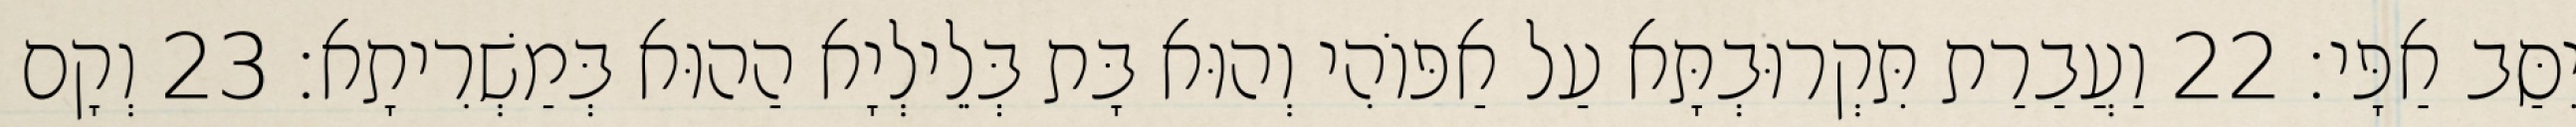
יִסַּב אַפָּי׃ 22 וַעֲבַרַת תִּקְרוּבְתָּא עַל אַפּוֹהִי וְהוּא בָּת בְּלֵילְיָא הַהוּא בְּמַשְׁרִיתָא׃ 23 וְקָם